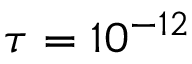
\tau = 1 0 ^ { - 1 2 }